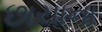
છાયાના